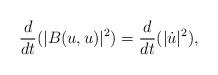
LaTeX: \begin{align*}\frac{d}{dt}(|B(u,u)|^2)=\frac{d}{dt}(|\dot{u}|^2),\end{align*}